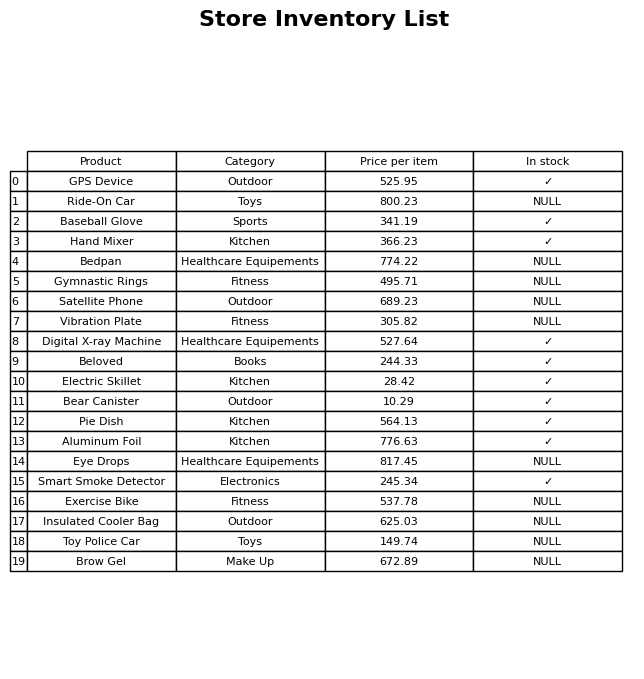
question: What is the price of the Digital X-ray Machine?
answer: The price of Digital X-ray Machine is 527.64.